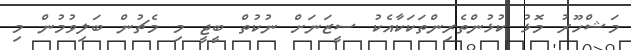
މަޝްހޫރު މޮޅު ކުޅުންތެރިންތަކަކާއެކު ސީޒަނަށް ނުކުތް ބީޖީ މި މެޗުން ބަލިވުމުން މި